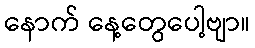
နောက် နေ့တွေပေါ့ဗျာ။